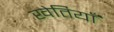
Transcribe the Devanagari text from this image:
खेतियाँ